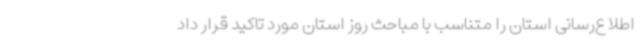
اطلاع‌رسانی استان را متناسب با مباحث روز استان مورد تاکید قرار داد